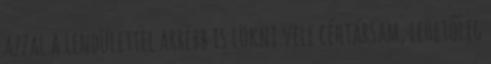
azzal a lendülettel arrébb is lökni vele céhtársam, lehetőleg